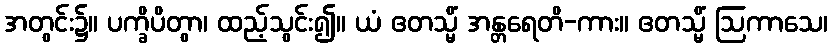
အတွင်း၌။ ပက္ခိပိတွာ၊ ထည့်သွင်း၍။ ယံ ဧတသ္မိံ အန္တရေတိ-ကား။ ဧတသ္မိံ ဩကာသေ၊